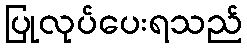
ပြုလုပ်ပေးရသည်